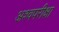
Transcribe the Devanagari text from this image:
अश्वपरीक्षा